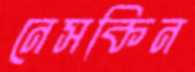
নেসকিন